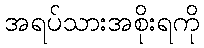
အရပ်သားအစိုးရကို